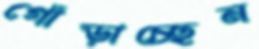
গোঁড়াচ্ছেন